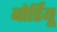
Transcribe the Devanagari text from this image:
बोर्डियू